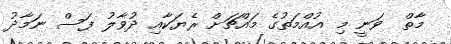
މާތް  ވަނީ މި އުއްމަތުގެ މައްޗަށް ރެޔަކާއި ދުވާލު ފަސް ނަމާދު